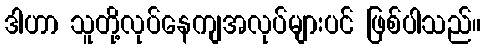
ဒါဟာ သူတို့လုပ်နေကျအလုပ်များပင် ဖြစ်ပါသည်။